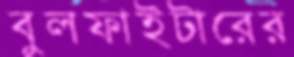
বুলফাইটারের